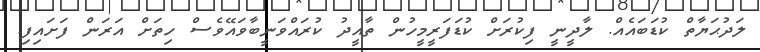
ލަދުޙަޔާތް ކުޑަބައެއް. ލާދީނީ ފިކުރަށް ކުޑަފަރީމީހުން ތާއީދު ކުރައްވަނީބާވައޭވެސް ހިތަށް އަރަން ފަށައިފި.